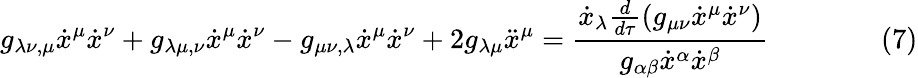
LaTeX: g_{\lambda\nu,\mu}{\dot{x}}^{\mu}{\dot{x}}^{\nu}+g_{\lambda\mu,\nu}{\dot{x}}^{\mu}{\dot{x}}^{\nu}-g_{\mu\nu,\lambda}{\dot{x}}^{\mu}{\dot{x}}^{\nu}+2g_{\lambda\mu}{\ddot{x}}^{\mu}={\frac{{\dot{x}}_{\lambda}{\frac{d}{d\tau}}(g_{\mu\nu}{\dot{x}}^{\mu}{\dot{x}}^{\nu})}{g_{\alpha\beta}{\dot{x}}^{\alpha}{\dot{x}}^{\beta}}}\qquad\qquad(7)